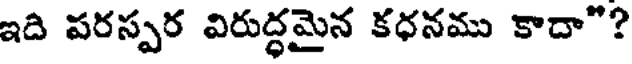
ఇది పరస్పర విరుద్ధమైన కధనము కాదా"?